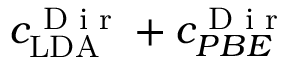
c _ { \mathrm { L D A } } ^ { \textnormal { D i r } } + c _ { P B E } ^ { \textnormal { D i r } }